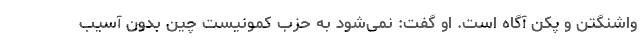
واشنگتن و پکن آگاه است. او گفت: نمی‌شود به حزب کمونیست چین بدون آسیب